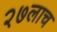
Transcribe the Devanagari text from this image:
२७लाच